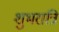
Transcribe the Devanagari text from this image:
शुभरात्रि